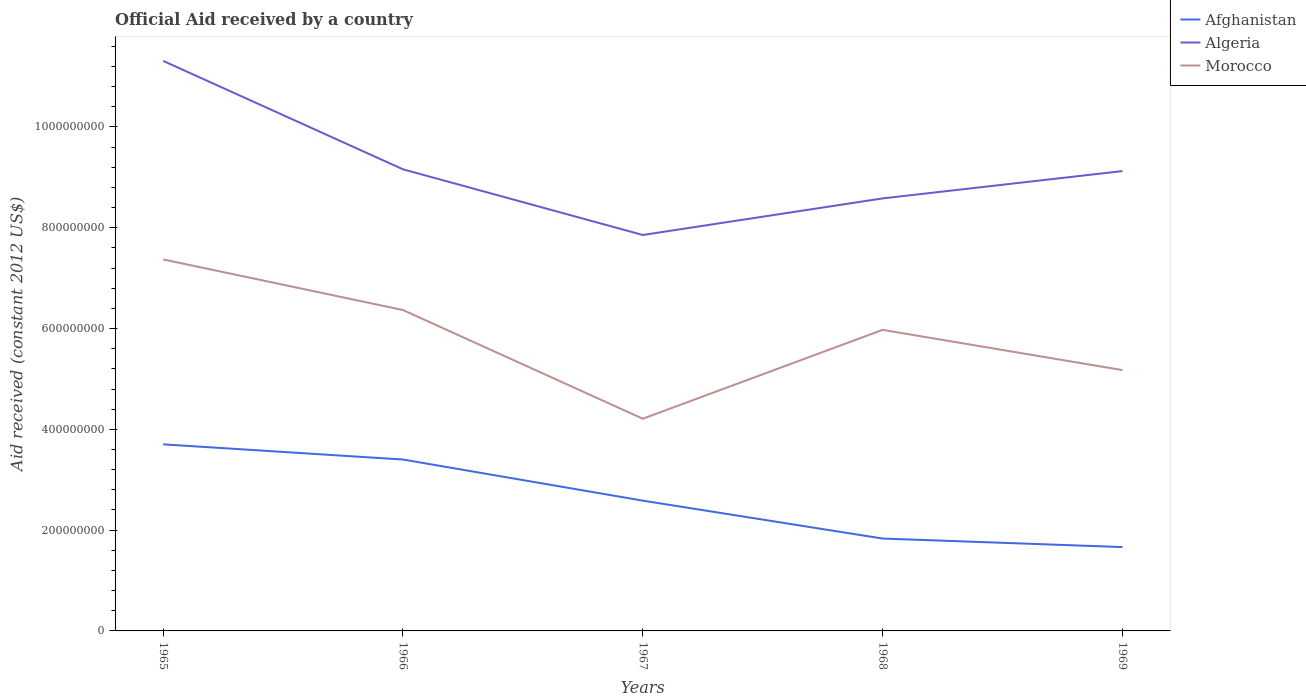
| Years | Afghanistan | Algeria | Morocco |
 | --- | --- | --- | --- |
 | 1965 | 3.7e+08 | 1.13e+09 | 7.37e+08 |
 | 1966 | 3.4e+08 | 9.16e+08 | 6.37e+08 |
 | 1967 | 2.59e+08 | 7.86e+08 | 4.21e+08 |
 | 1968 | 1.83e+08 | 8.58e+08 | 5.97e+08 |
 | 1969 | 1.66e+08 | 9.12e+08 | 5.18e+08 |